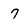
Character: 7